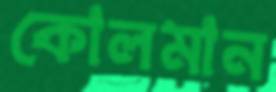
কোলমান